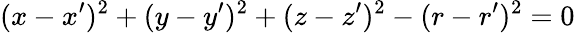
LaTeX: (x-x^{\prime})^{2}+(y-y^{\prime})^{2}+(z-z^{\prime})^{2}-(r-r^{\prime})^{2}=0